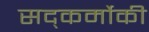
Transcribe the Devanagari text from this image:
सद्कर्मोकी